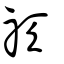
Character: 祆